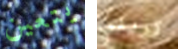
يتعين تريني